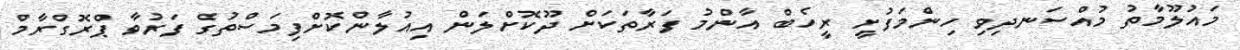
މައުލޫމާތު މުއްސަނދިވި ހިންމަފުށީ ރީހެބް އާންމު ފަރާތަކަށް ދޫކޮށްލަން އިއުލާންކޮށްފިމަސްތުގެ ފަރުވާ ޕްރޮގްރާމް